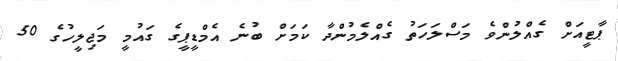
ޕާޓީއަށް ގެއްލުންވެ މަސްލަހަތު ގެއްލެމުންދާ ކަމަށް ބުނެ އެމްޑީޕީގެ ގައުމީ މަޖިލީހުގެ 50